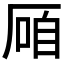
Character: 𱑠